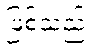
ဖြစ်သည်။